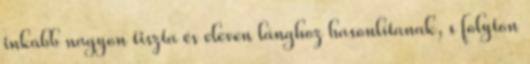
inkább nagyon tiszta és eleven lánghoz hasonlítanak, s folyton